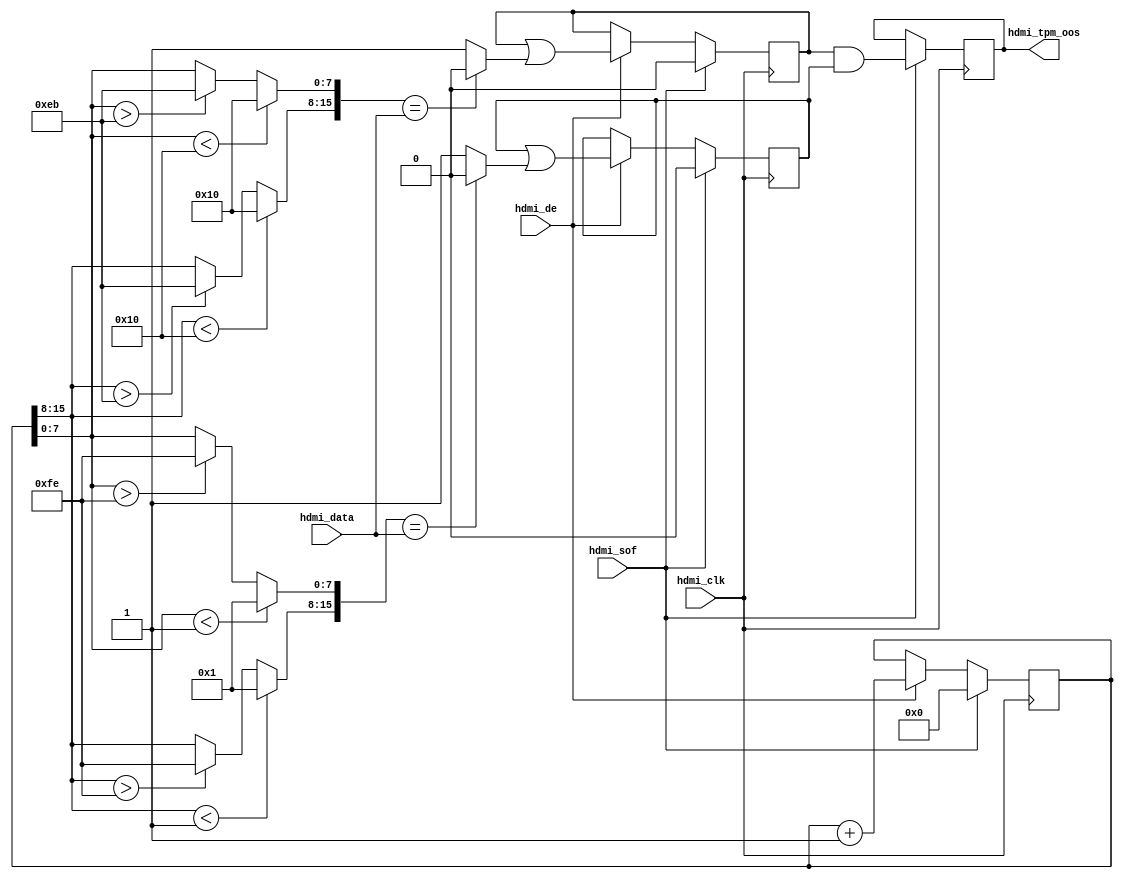
module axi_hdmi_rx_tpm (
  hdmi_clk,
  hdmi_sof,
  hdmi_de,
  hdmi_data,

  hdmi_tpm_oos);

  input           hdmi_clk;
  input           hdmi_sof;
  input           hdmi_de;
  input   [15:0]  hdmi_data;
  output          hdmi_tpm_oos;

  wire    [15:0]  hdmi_tpm_lr_data_s;
  wire            hdmi_tpm_lr_mismatch_s;
  wire    [15:0]  hdmi_tpm_fr_data_s;
  wire            hdmi_tpm_fr_mismatch_s;

  reg     [15:0]  hdmi_tpm_data = 'd0;
  reg             hdmi_tpm_lr_mismatch = 'd0;
  reg             hdmi_tpm_fr_mismatch = 'd0;
  reg             hdmi_tpm_oos = 'd0;

  // Limited range
  assign hdmi_tpm_lr_data_s[15:8] = (hdmi_tpm_data[15:8] < 8'h10) ? 8'h10 :
    ((hdmi_tpm_data[15:8] > 8'heb) ? 8'heb : hdmi_tpm_data[15:8]);
  assign hdmi_tpm_lr_data_s[ 7:0] = (hdmi_tpm_data[ 7:0] < 8'h10) ? 8'h10 :
    ((hdmi_tpm_data[ 7:0] > 8'heb) ? 8'heb : hdmi_tpm_data[ 7:0]);
  assign hdmi_tpm_lr_mismatch_s = (hdmi_tpm_lr_data_s == hdmi_data) ? 1'b0 : 1'b1;

  // Full range
  assign hdmi_tpm_fr_data_s[15:8] = (hdmi_tpm_data[15:8] < 8'h01) ? 8'h01 :
    ((hdmi_tpm_data[15:8] > 8'hfe) ? 8'hfe : hdmi_tpm_data[15:8]);
  assign hdmi_tpm_fr_data_s[ 7:0] = (hdmi_tpm_data[ 7:0] < 8'h01) ? 8'h01 :
    ((hdmi_tpm_data[ 7:0] > 8'hfe) ? 8'hfe : hdmi_tpm_data[ 7:0]);
  assign hdmi_tpm_fr_mismatch_s = (hdmi_tpm_fr_data_s == hdmi_data) ? 1'b0 : 1'b1;

  always @(posedge hdmi_clk) begin
    if (hdmi_sof == 1'b1) begin
      hdmi_tpm_data <= 16'd0;
      hdmi_tpm_lr_mismatch <= 1'd0;
      hdmi_tpm_fr_mismatch <= 1'd0;
      hdmi_tpm_oos <= hdmi_tpm_lr_mismatch & hdmi_tpm_fr_mismatch;
    end else if (hdmi_de == 1'b1) begin
      hdmi_tpm_data <= hdmi_tpm_data + 1'b1;
      hdmi_tpm_lr_mismatch <= hdmi_tpm_lr_mismatch | hdmi_tpm_lr_mismatch_s;
      hdmi_tpm_fr_mismatch <= hdmi_tpm_fr_mismatch | hdmi_tpm_fr_mismatch_s;
    end
  end

endmodule